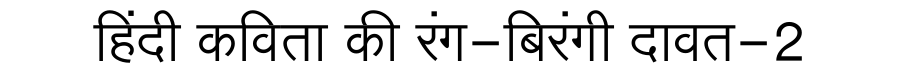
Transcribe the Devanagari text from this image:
हिंदी कविता की रंग-बिरंगी दावत-2